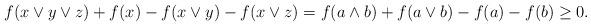
LaTeX: \begin{align*}f(x\vee y\vee z)+f(x)- f(x\vee y)-f(x\vee z)=f(a\wedge b)+ f(a\vee b)-f(a)-f(b)\ge0.\end{align*}